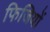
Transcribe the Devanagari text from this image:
फिजियों